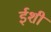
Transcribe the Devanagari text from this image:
ईशी